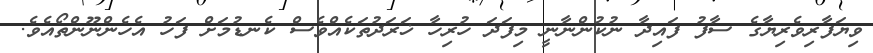
ވިޔަފާރިވެރިޔާގެ ސާފު ފައިދާ ނުކުންނާނީ މިފަދަ ހުރިހާ ޚަރަދުތަކެއްވެސް ކެނޑުމަށް ފަހު އެހެންނޫންތޯއެވެ.